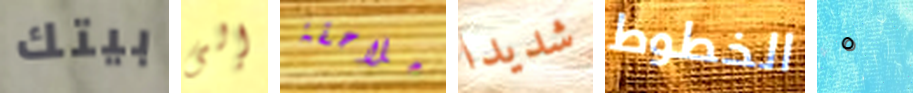
بيتك إلى ملاحقة شديدا الخطوط ٥